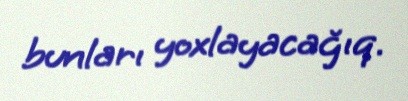
bunları yoxlayacağıq.